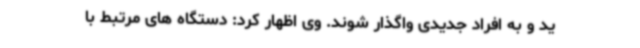
ید و به افراد جدیدی واگذار شوند. وی اظهار کرد: دستگاه های مرتبط با